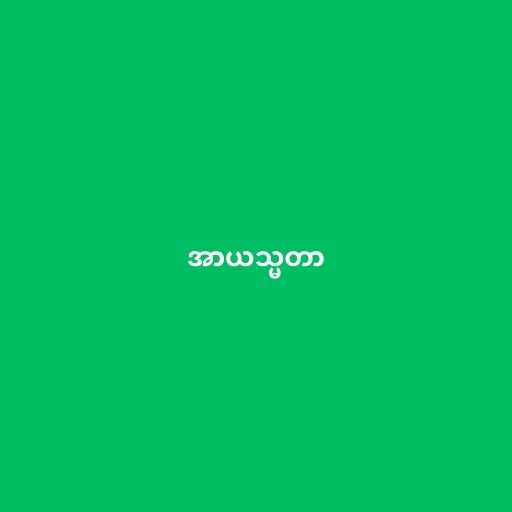
အာယသ္မတာ